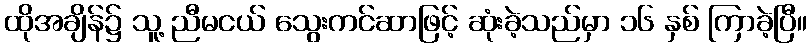
ထိုအချိန်၌ သူ့ ညီမငယ် သွေးကင်ဆာဖြင့် ဆုံးခဲ့သည်မှာ ၁၆ နှစ် ကြာခဲ့ပြီ။